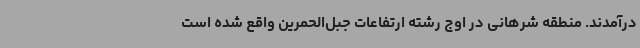
درآمدند. منطقه شرهانی در اوج رشته ارتفاعات جبل‌الحمرین واقع شده است